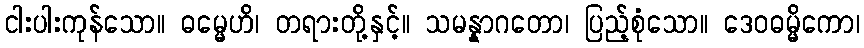
ငါးပါးကုန်သော။ ဓမ္မေဟိ၊ တရားတို့နှင့်။ သမန္နာဂတော၊ ပြည့်စုံသော။ ဒေဝဓမ္မိကော၊